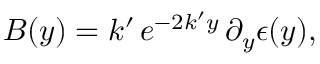
B ( y ) = k ^ { \prime } \, e ^ { - 2 k ^ { \prime } y } \, \partial _ { y } \epsilon ( y ) ,